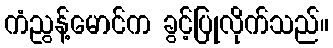
ကံညွန့်မောင်က ခွင့်ပြုလိုက်သည်။